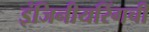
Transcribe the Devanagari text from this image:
इंजिनीयरिंगची